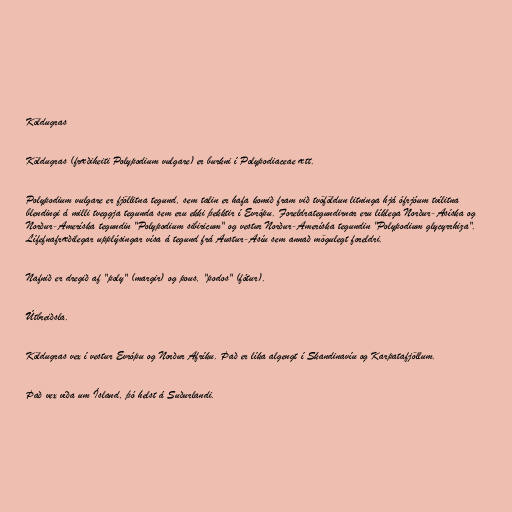
Köldugras

Köldugras (fræðiheiti Polypodium vulgare) er burkni í Polypodiaceae ætt.

Polypodium vulgare er fjöllitna tegund, sem talin er hafa komið fram við tvöföldun litninga hjá ófrjóum tvílitna
blendingi á milli tveggja tegunda sem eru ekki þekktir í Evrópu. Foreldrategundirnar eru líklega Norður-Asíska og
Norður-Ameríska tegundin "Polypodium sibiricum" og vestur Norður-Ameríska tegundin "Polypodium glycyrrhiza".
Lífefnafræðilegar upplýsingar vísa á tegund frá Austur-Asíu sem annað mögulegt foreldri.

Nafnið er dregið af "poly" (margir) og pous, "podos" (fótur).

Útbreiðsla.

Köldugras vex í vestur Evrópu og Norður Afríku. Það er líka algengt í Skandinavíu og Karpatafjöllum.

Það vex víða um Ísland, þó helst á Suðurlandi.